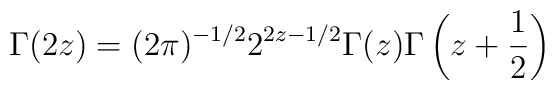
\Gamma(2z)=(2\pi)^{-1/2}2^{2z-1/2}\Gamma(z)\Gamma\left(z+\frac{1}{2}\right)